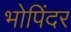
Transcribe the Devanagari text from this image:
भोपिंदर